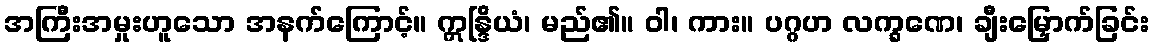
အကြီးအမှုးဟူသော အနက်ကြောင့်။ ဣန္ဒြိယံ၊ မည်၏။ ဝါ၊ ကား။ ပဂ္ဂဟ လက္ခဏေ၊ ချီးမြှောက်ခြင်း